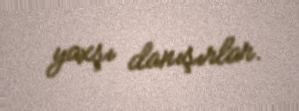
yaxşı danışırlar.